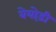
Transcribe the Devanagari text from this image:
बेयोड़ी